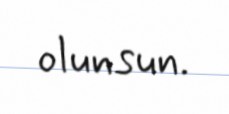
olunsun.